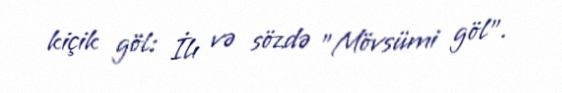
kiçik göl: İlı və sözdə "Mövsümi göl".